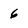
Character: 6